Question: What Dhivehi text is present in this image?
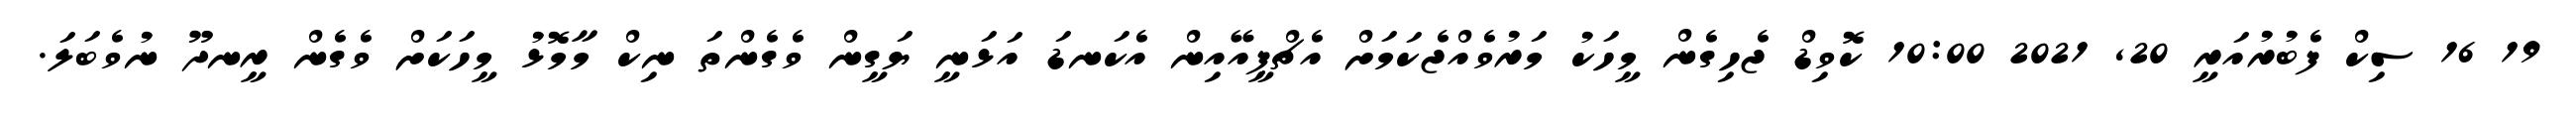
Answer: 19 16 ސިކް ފެބުރުއަރީ 20, 2021 10:00 ކޮވިޑް ޖެހިގެން މީހަކު މަރުވެއްޖެކަމަށް އެޗްޕީއޭއިން އެކަނޑަ އަޅަނީ ޔަގީން ވެގެންތަ ނިކް މާމޮޅު މީހަކަށް ވެގެން ރީނދޫ ނުވެބަލަ.